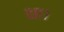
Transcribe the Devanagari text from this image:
शा।